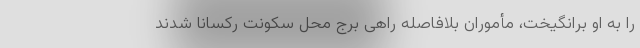
را به او برانگیخت، مأموران بلافاصله راهی برج محل سکونت رکسانا شدند